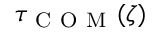
\tau _ { \mathrm { ~ C ~ O ~ M ~ } } ( \zeta )